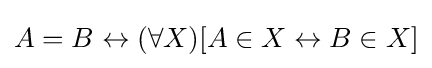
A=B\leftrightarrow (\forall X)[A\in X\leftrightarrow B\in X]